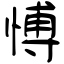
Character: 愽